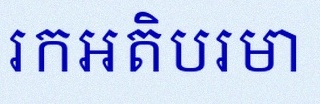
រកអតិបរមា